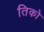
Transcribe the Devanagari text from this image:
तिको